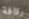
رقاقة